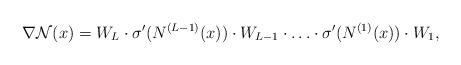
LaTeX: \begin{align*}\nabla \mathcal{N}(x)=W_{L} \cdot \sigma'( N^{(L-1)}(x)) \cdot W_{L-1} \cdot \ldots \cdot \sigma'(N^{(1)}(x))\cdot W_{1},\end{align*}